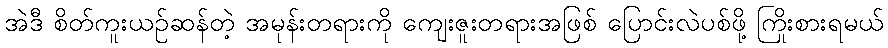
အဲဒီ စိတ်ကူးယဉ်ဆန်တဲ့ အမုန်းတရားကို ကျေးဇူးတရားအဖြစ် ပြောင်းလဲပစ်ဖို့ ကြိုးစားရမယ်